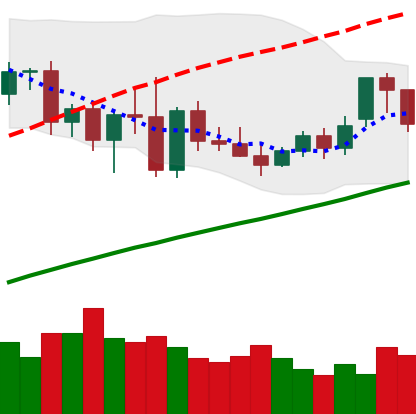
Ticker: XMR-USD
Chart end date: 2020-11-19
Forward return: 14.203%
Label: up_7plus